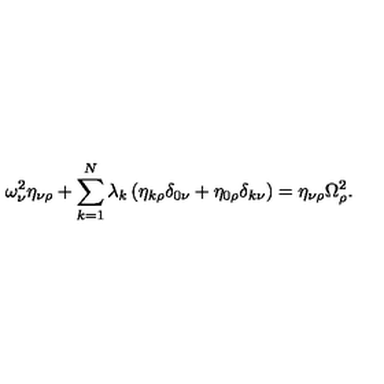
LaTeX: \omega _ { \nu } ^ { 2 } \eta _ { \nu \rho } + \sum _ { k = 1 } ^ { N } \lambda _ { k } \left( \eta _ { k \rho } \delta _ { 0 \nu } + \eta _ { 0 \rho } \delta _ { k \nu } \right) = \eta _ { \nu \rho } \Omega _ { \rho } ^ { 2 } .